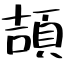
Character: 頡